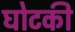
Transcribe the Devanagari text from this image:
घोटकी